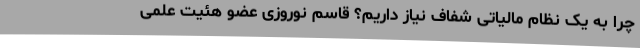
چرا به یک نظام مالیاتی شفاف نیاز داریم؟ قاسم نوروزی عضو هئیت علمی